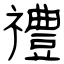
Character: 禮